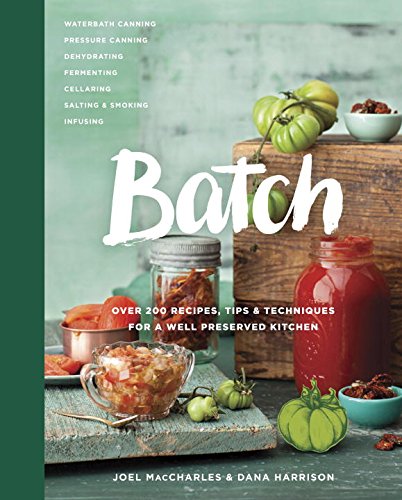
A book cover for Batch: Over 200 Recipes, Tips and Techniques for a Well Preserved Kitchen; Joel MacCharles; Cookbooks, Food & Wine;